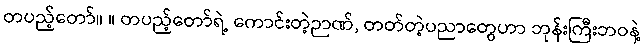
တပည့်တော်။ ။ တပည့်တော်ရဲ့ ကောင်းတဲ့ဉာဏ်, တတ်တဲ့ပညာတွေဟာ ဘုန်းကြီးဘဝနဲ့